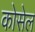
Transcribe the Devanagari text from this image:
कोसेल